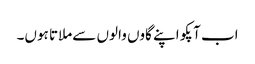
اب آپکو اپنے گاوں والوں سےملاتا ہوں۔